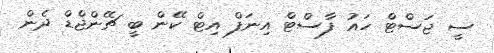
ސީ ޖަސްޓް ހައު ފާސްޓް އިނަފް އިޓް ކޭން ބީ ޗޭންޖްޑް ދެން